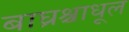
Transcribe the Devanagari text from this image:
बाघ्रश्चाधूल